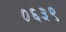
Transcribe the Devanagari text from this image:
०६३९